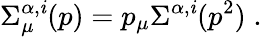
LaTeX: \Sigma_{\mu}^{\alpha,\mathit{i}}(p)=p_{\mu}\Sigma^{\alpha,\mathit{i}}(p^{2})\; .